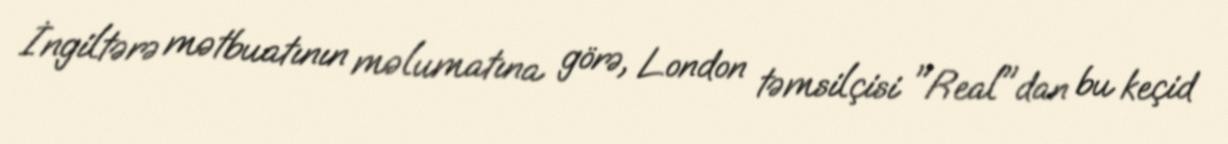
İngiltərə mətbuatının məlumatına görə, London təmsilçisi "Real"dan bu keçid